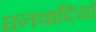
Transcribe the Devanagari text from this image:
घनवादियों